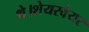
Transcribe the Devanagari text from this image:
थे।शेयरवेयर